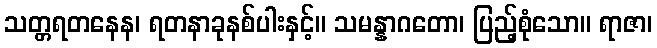
သတ္တရတနေန၊ ရတနာခုနစ်ပါးနှင့်။ သမန္နာဂတော၊ ပြည့်စုံသော။ ရာဇာ၊